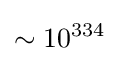
\sim 10^{334}\,\!